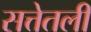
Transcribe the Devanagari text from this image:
सत्तेतली